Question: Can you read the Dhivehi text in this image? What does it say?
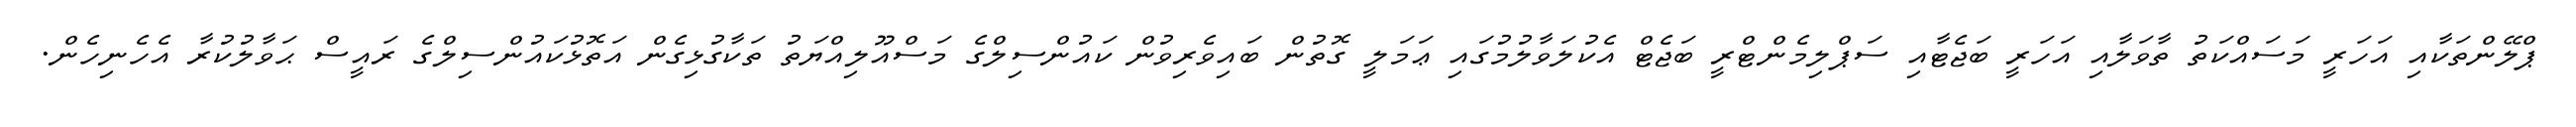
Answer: ޕްލޭންތަކާއި އަހަރީ މަސައްކަތު ތާވަލާއި އަހަރީ ބަޖެޓާއި ސަޕްލިމެންޓްރީ ބަޖެޓް އެކުލަވާލުމުގައި ޢަމަލީ ގޮތުން ބައިވެރިވުން ކައުންސިލްގެ މަސްއޫލިއްޔަތު ތަކާގުޅިގެން އަތޮޅުކައުންސިލްގެ ރައީސް ޙަވާލުކުރާ އެހެނިހެން.